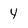
Character: y